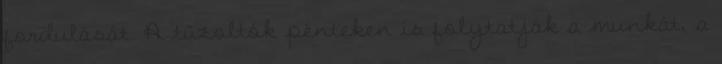
fordulását. A tűzoltók pénteken is folytatják a munkát, a